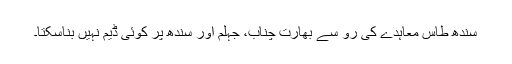
سندھ طاس معاہدے کی رو سے بھارت چناب، جہلم اور سندھ پر کوئی ڈیم نہیں بناسکتا۔